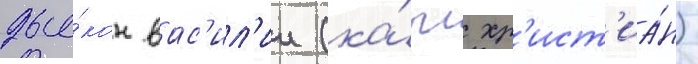
дья́кон вас'ил'ии (ка́рл хр'ист'иа́н)